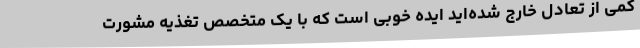
کمی از تعادل خارج شده‌اید ایده خوبی است که با یک متخصص تغذیه مشورت